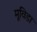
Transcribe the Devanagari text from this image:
मूविडा